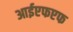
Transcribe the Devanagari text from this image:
आईएफएफ